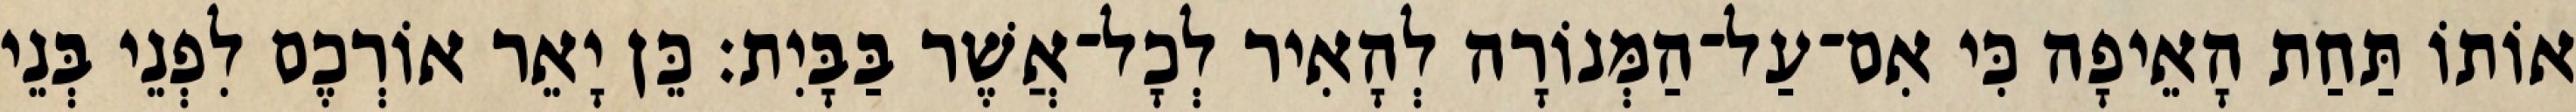
אוֹתוֹ תַּחַת הָאֵיפָה כִּי אִם־עַל־הַמְּנוֹרָה לְהָאִיר לְכָל־אֲשֶׁר בַּבָּיִת׃ כֵּן יָאֵר אוֹרְכֶם לִפְנֵי בְּנֵי